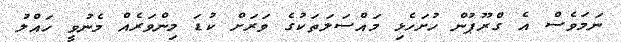
ނަމަވެސް އެ ގްރޫޕުން ހުށަހެޅި މައްސަލަތަކުގެ ވަރަށް ކުޑަ މިންވަރެއް މެނުވީ ހައްލު